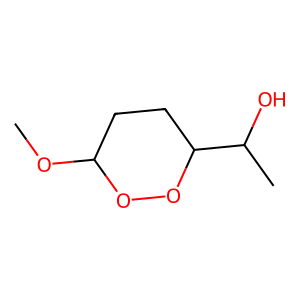
SMILES: COC1CCC(C(C)O)OO1
Inhibits HIV replication: No